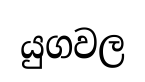
යුගවල